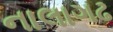
નાલાગઢ